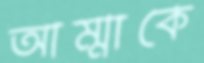
আম্মাকে